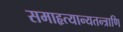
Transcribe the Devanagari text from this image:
समाहृत्यान्यतन्त्राणि